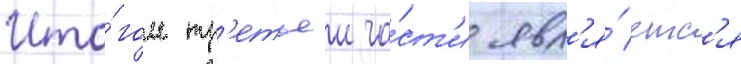
Ито́гом тр'етьеи ча́ст'и явл'я́етс'я